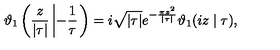
\vartheta _ { 1 } \left( \frac { z } { | \tau | } \left| - \frac { 1 } { \tau } \right. \right) = i \sqrt { | \tau | } e ^ { - \frac { \pi z ^ { 2 } } { | \tau | } } \vartheta _ { 1 } ( i z \mid \tau ) ,